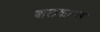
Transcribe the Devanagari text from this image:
बालकान्स